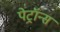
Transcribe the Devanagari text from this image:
पेट्रॉन्स